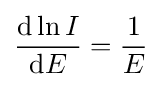
{\frac {\mathrm {d} \ln I}{\mathrm {d} E}}={\frac {1}{E}}